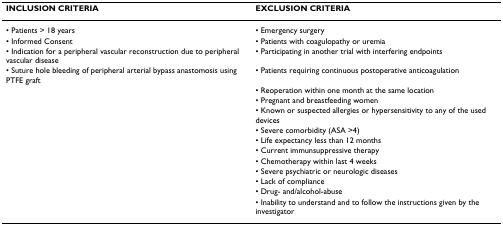
<table><thead><tr><td><b>INCLUSION CRITERIA</b></td><td><b>EXCLUSION CRITERIA</b></td></tr></thead><tbody><tr><td>• Patients &gt; 18 years</td><td>• Emergency surgery</td></tr><tr><td>• Informed Consent</td><td>• Patients with coagulopathy or uremia</td></tr><tr><td>• Indication for a peripheral vascular reconstruction due to peripheral vascular disease</td><td>• Participating in another trial with interfering endpoints</td></tr><tr><td>• Suture hole bleeding of peripheral arterial bypass anastomosis using PTFE graft</td><td>• Patients requiring continuous postoperative anticoagulation</td></tr><tr><td></td><td>• Reoperation within one month at the same location</td></tr><tr><td></td><td>• Pregnant and breastfeeding women</td></tr><tr><td></td><td>• Known or suspected allergies or hypersensitivity to any of the used devices</td></tr><tr><td></td><td>• Severe comorbidity (ASA &gt;4)</td></tr><tr><td></td><td>• Life expectancy less than 12 months</td></tr><tr><td></td><td>• Current immunsuppressive therapy</td></tr><tr><td></td><td>• Chemotherapy within last 4 weeks</td></tr><tr><td></td><td>• Severe psychiatric or neurologic diseases</td></tr><tr><td></td><td>• Lack of compliance</td></tr><tr><td></td><td>• Drug- and/alcohol-abuse</td></tr><tr><td></td><td>• Inability to understand and to follow the instructions given by the investigator</td></tr></tbody></table>